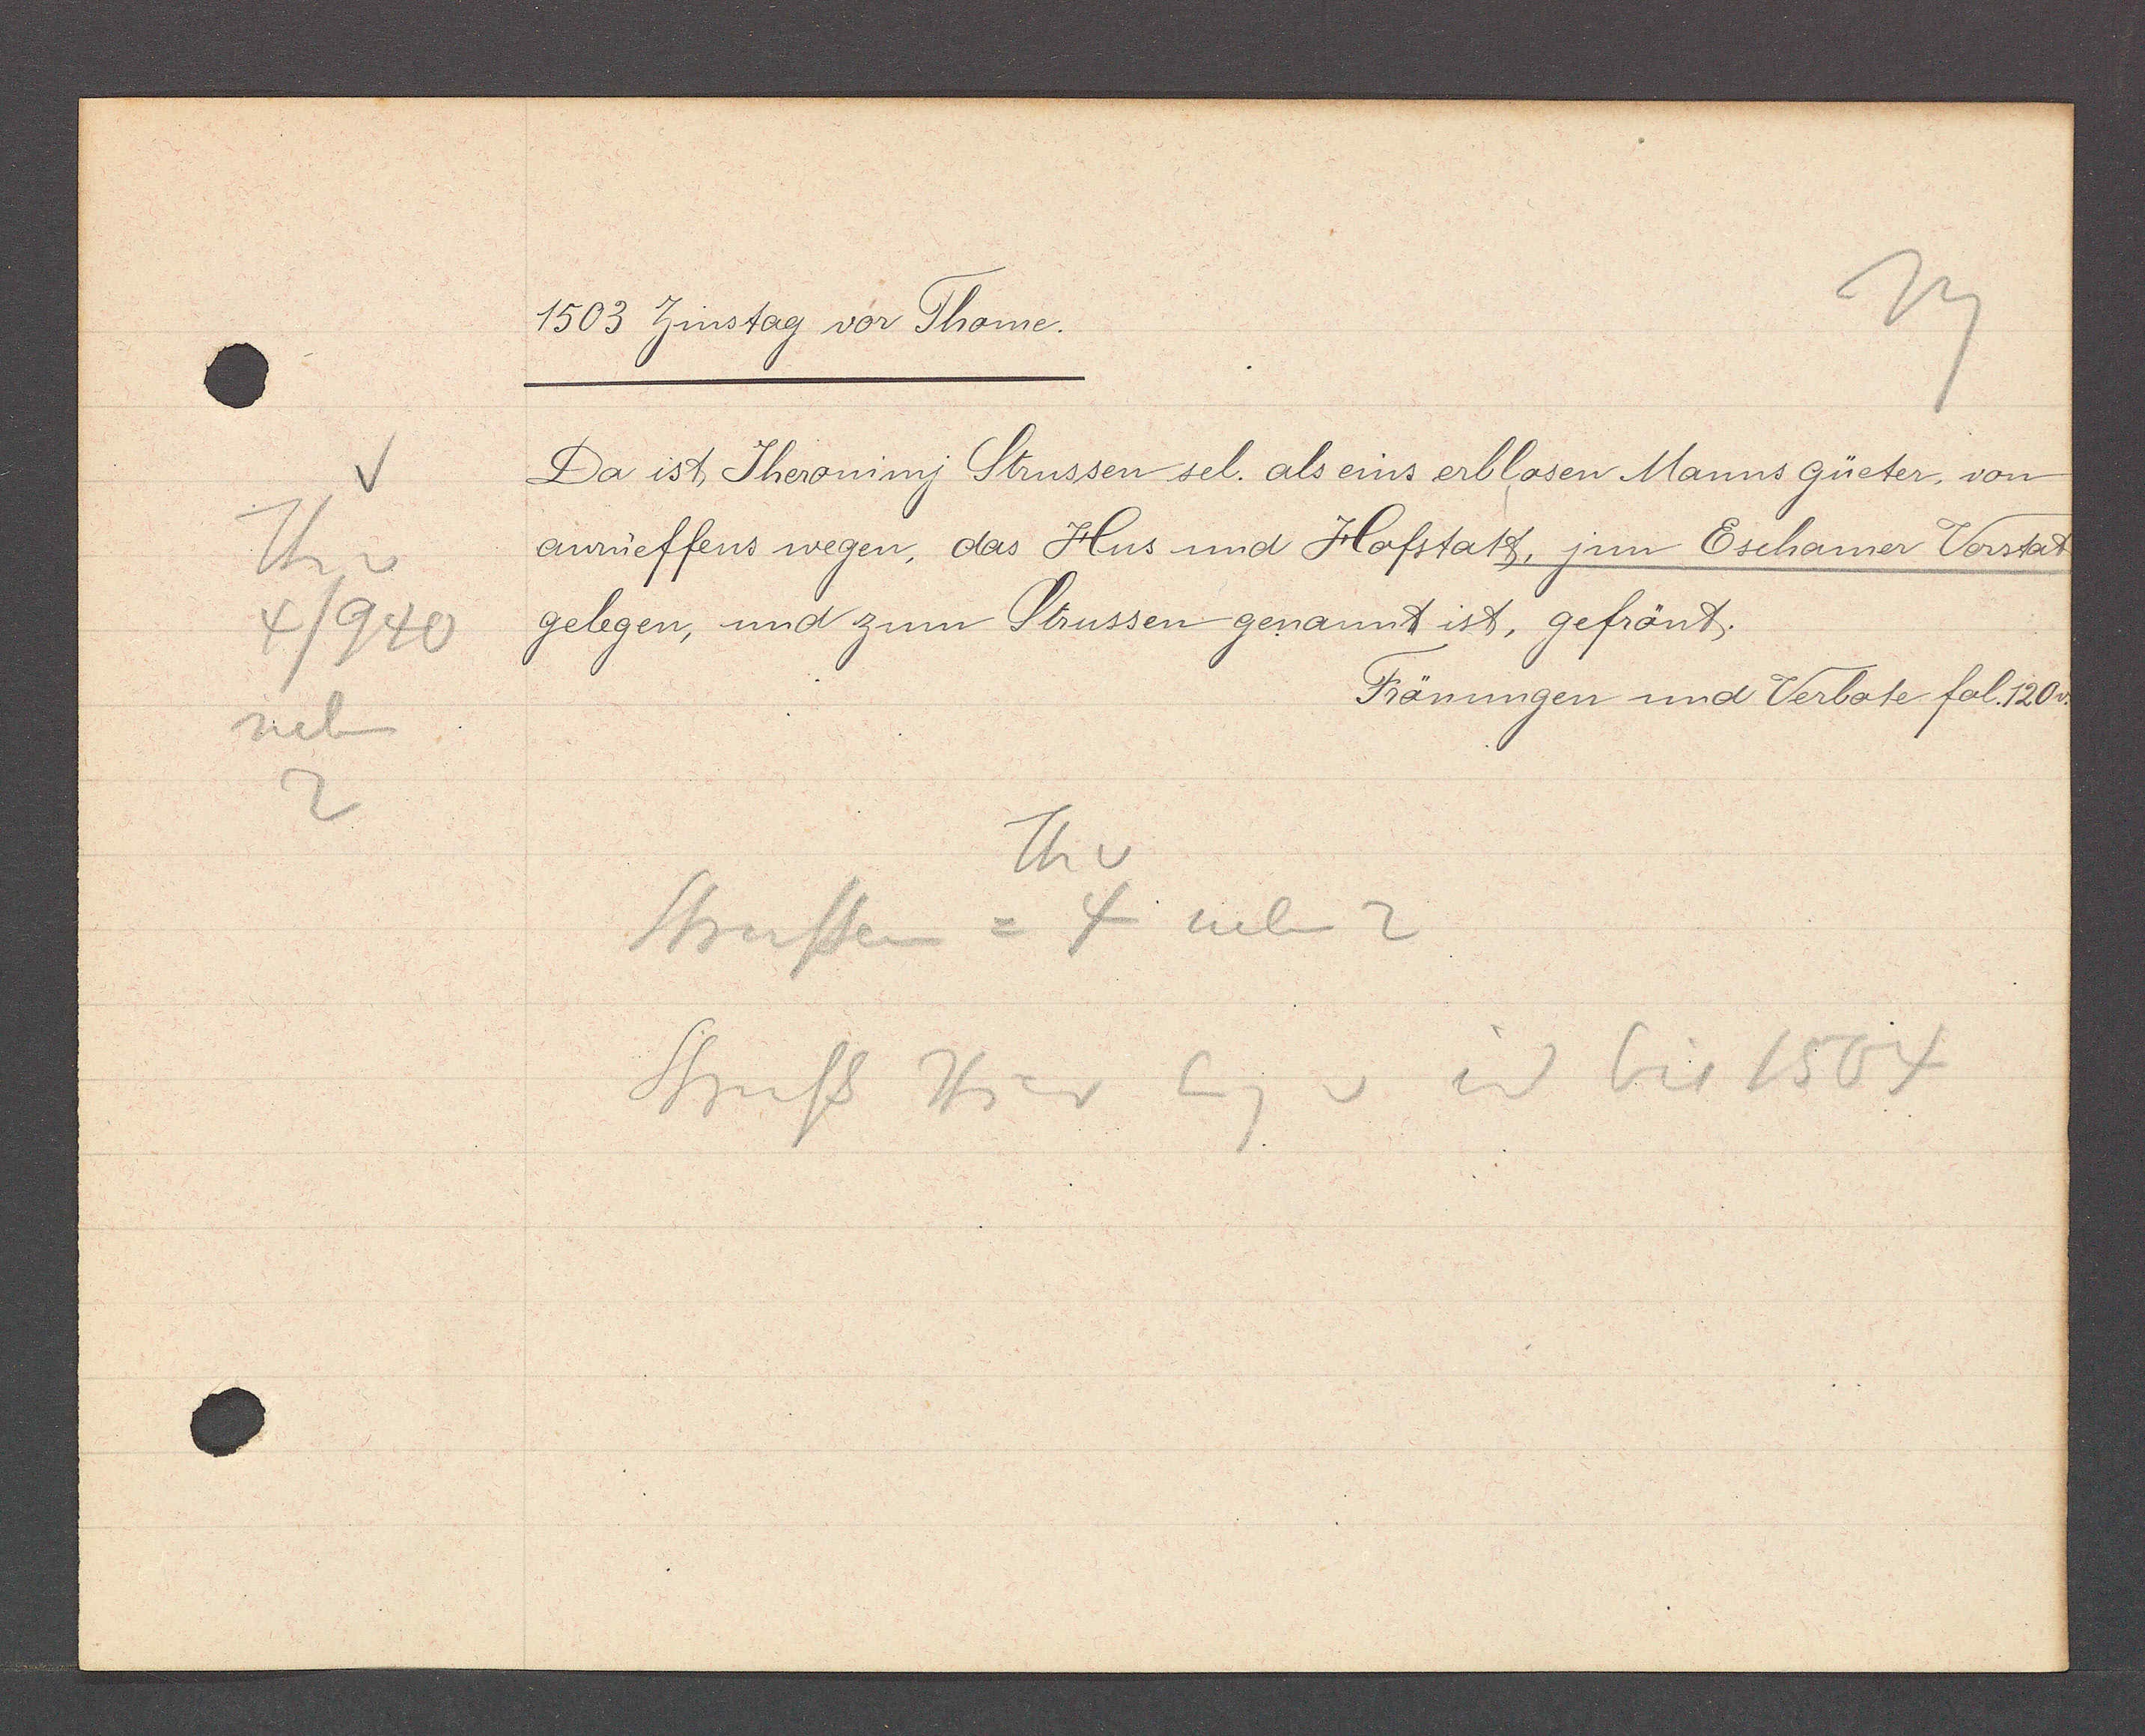
Transcript:
Th v
4/940
neben
2

1503 Zinstag vor Thome.

Da ist Theroninj Strussen sel. als eins erblosen Manns güeter, von
aurueffens wegen, das Hus und Hofstatt, jm Eschamer Vorstat
gelegen, und zum Strussen genannt ist, gefrönt.

Frönungen und Verbote fol. 120v.

Th v
Strussen = 4 neben 2
Struss Hier Eig v 4 id 1504